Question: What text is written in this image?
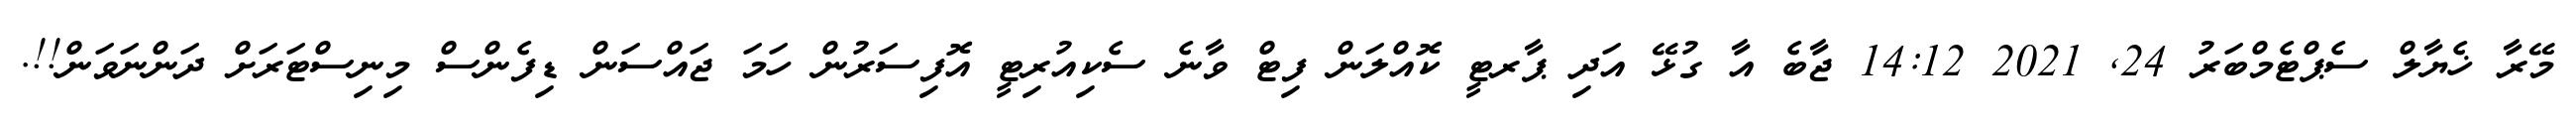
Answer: މޭރާ ޚެޔާލް ސެޕްޓެމްބަރު 24, 2021 14:12 ޖާބެ އާ ގުޅޭ އަދި ޕާރޓީ ކޮއްލަން ފިޓް ވާނެ ސެކިއުރިޓީ އޮފިސަރުން ހަމަ ޖައްސަން ޑިފެންސް މިނިސްޓަރަށް ދަންނަވަން!!.